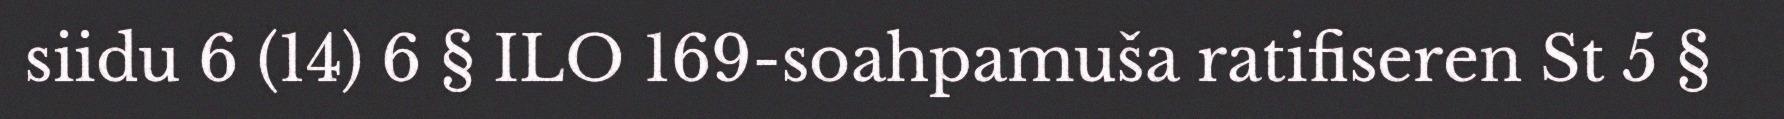
siidu 6 (14) 6 § ILO 169-soahpamuša ratifiseren St 5 §